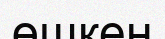
өшкен